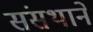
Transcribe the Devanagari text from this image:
संसथाने